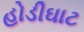
હોડીઘાટ